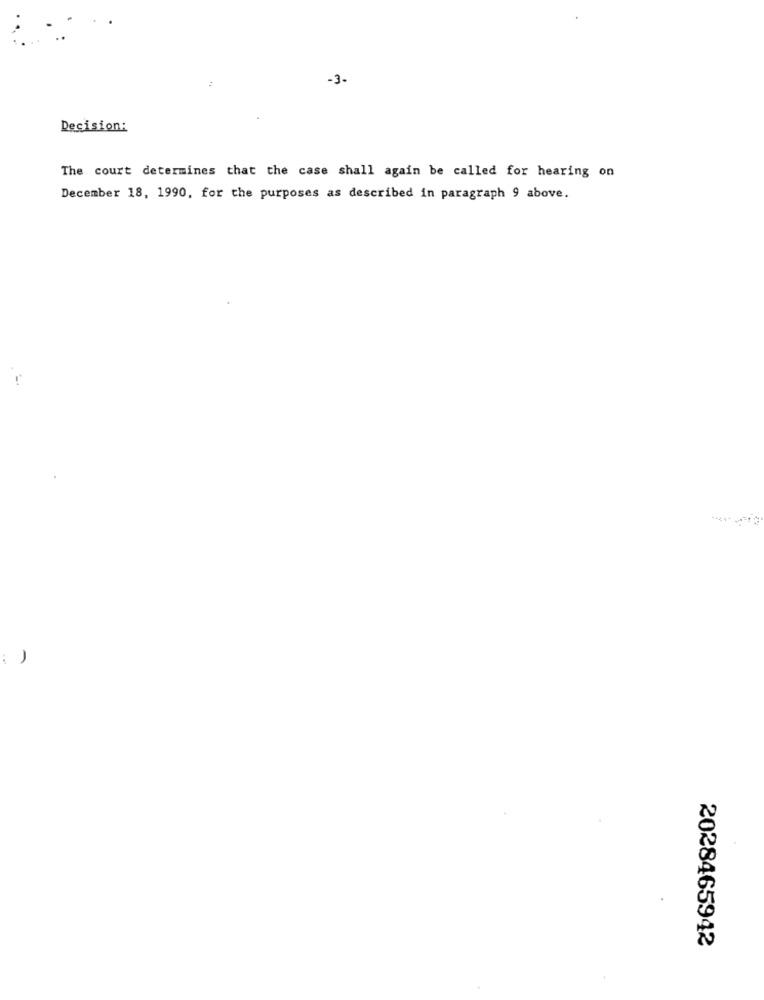
:
-3-
Decision:
The court determines that the case shall again be called for hearing on
December 18, 1990, for the purposes as described in paragraph 9 above.
-
2028465942